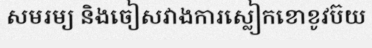
សមរម្យ និងចៀសវាងការស្លៀកខោខូវប៊យ